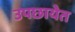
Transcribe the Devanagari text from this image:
उपछायेत